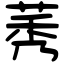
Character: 莠